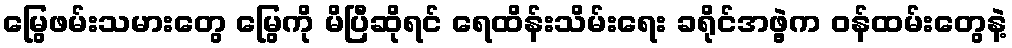
မြွေဖမ်းသမားတွေ မြွေကို မိပြီဆိုရင် ရေထိန်းသိမ်းရေး ခရိုင်အဖွဲ့က ဝန်ထမ်းတွေနဲ့